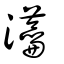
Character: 𤅢